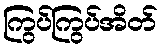
ကြွပ်ကြွပ်အိတ်